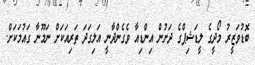
ބޮޑުވަޒީރު މޯދީގެ ލީޑަޝިޕްގެ ދަށުން އިންޑިއާ ވެގެންދާނީ އަލިގަދަ ތަރިއަކަށް ނަމޫނާ ގައުމަކަށް.